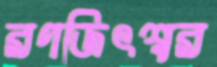
রণজিৎশ্বর